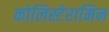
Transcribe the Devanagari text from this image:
कोलिस्टेरामिन